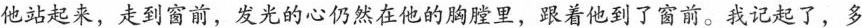
他站起来，走到窗前，发光的心仍然在他的胸膛里，跟着他到了窗前。我记起了，多